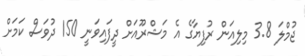
ޖުމްލަ 3.8 މިލިއަން ރުފިޔާގެ އެ މަޝްރޫއަށް ދީފައިވަނީ 150 ދުވަސް ކަމަށް